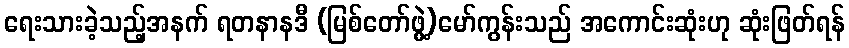
ရေးသားခဲ့သည့်အနက် ရတနာနဒီ (မြစ်တော်ဖွဲ့)မော်ကွန်းသည် အကောင်းဆုံးဟု ဆုံးဖြတ်ရန်